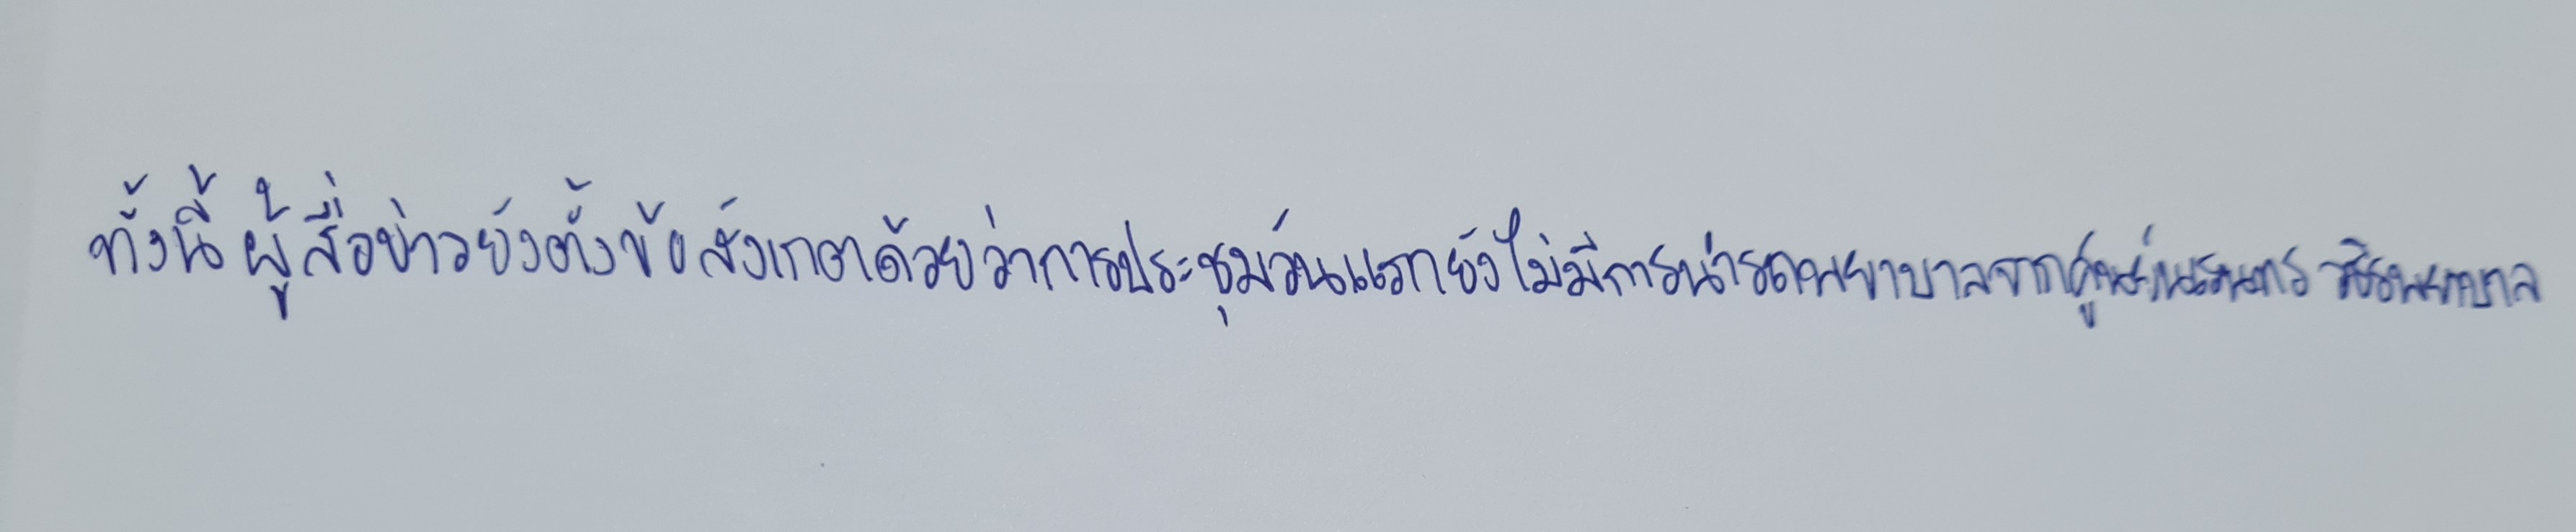
ทั้งนี้ผู้สื่อข่าวยังตั้งข้อสังเกตด้วยว่าการประชุมวันแรกยังไม่มีการนำรถพยาบาลจากศูนย์นเรนทร วชิรพยาบาล